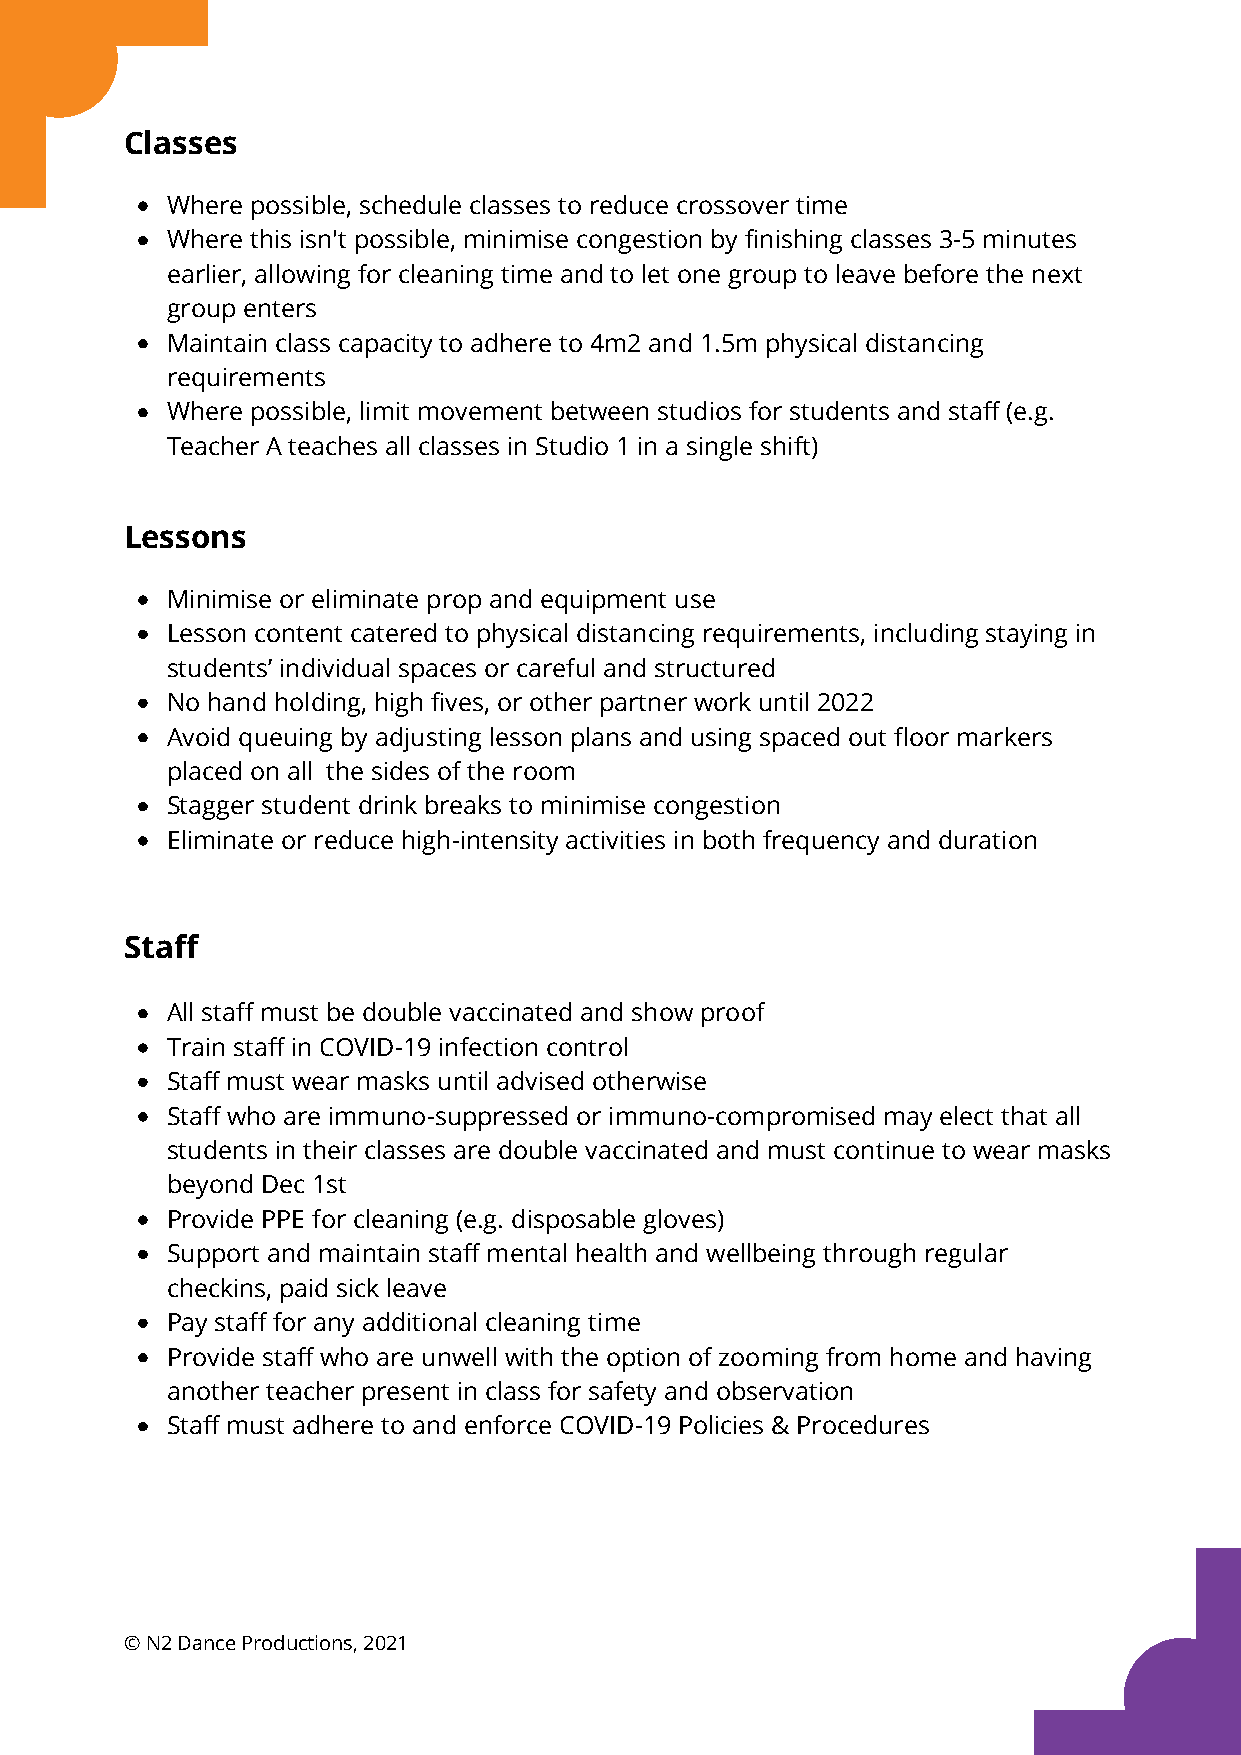
Classes
 Where possible, schedule classes to reduce crossover time
 Where this isn't possible, minimise congestion by finishing classes 3-5 minutes
 earlier, allowing for cleaning time and to let one group to leave before the next
 group enters
 Maintain class capacity to adhere to 4m2 and 1.5m physical distancing
 requirements
 Where possible, limit movement between studios for students and staff (e.g.
 Teacher A teaches all classes in Studio 1 in a single shift)
 Lessons
 Minimise or eliminate prop and equipment use
 Lesson content catered to physical distancing requirements, including staying in
 students’ individual spaces or careful and structured
 No hand holding, high fives, or other partner work until 2022
 Avoid queuing by adjusting lesson plans and using spaced out floor markers
 placed on all the sides of the room
 Stagger student drink breaks to minimise congestion
 Eliminate or reduce high-intensity activities in both frequency and duration
 Staff
 All staff must be double vaccinated and show proof
 Train staff in COVID-19 infection control
 Staff must wear masks until advised otherwise
 Staff who are immuno-suppressed or immuno-compromised may elect that all
 students in their classes are double vaccinated and must continue to wear masks
 beyond Dec 1st
 Provide PPE for cleaning (e.g. disposable gloves)
 Support and maintain staff mental health and wellbeing through regular
 checkins, paid sick leave
 Pay staff for any additional cleaning time
 Provide staff who are unwell with the option of zooming from home and having
 another teacher present in class for safety and observation
 Staff must adhere to and enforce COVID-19 Policies & Procedures
 © N2 Dance Productions, 2021